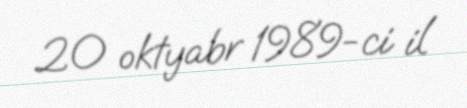
20 oktyabr 1989-ci il